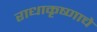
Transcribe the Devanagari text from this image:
राधाकृष्णाचे